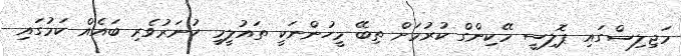
މަޖިލިސްގައި ޕޮލިސީ މޭކިންގް ކުރުމަށް ތިބޭ މީހުންނަކީ ތައުލީމީ ހުނަރުވެރި ބައެއް ކަމުގައި